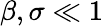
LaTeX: \beta,\sigma\ll 1